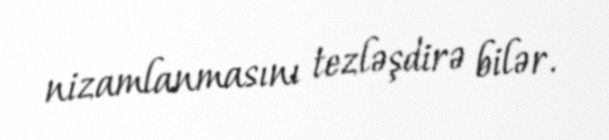
nizamlanmasını tezləşdirə bilər.